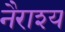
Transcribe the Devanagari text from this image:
नैराश्‍य